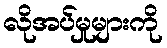
လိုအပ်မှုများကို